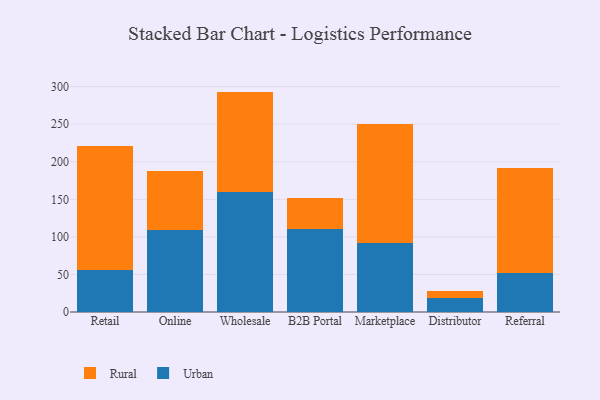
{"axis": {"x": "Channel", "y": "Customer Acquisition Cost (USD)"}, "legend": ["Rural", "Urban"], "data": [{"x": "Retail", "y": 55.8, "type": "Urban"}, {"x": "Retail", "y": 165.0, "type": "Rural"}, {"x": "Online", "y": 109.7, "type": "Urban"}, {"x": "Online", "y": 78.4, "type": "Rural"}, {"x": "Wholesale", "y": 159.2, "type": "Urban"}, {"x": "Wholesale", "y": 134.2, "type": "Rural"}, {"x": "B2B Portal", "y": 110.7, "type": "Urban"}, {"x": "B2B Portal", "y": 40.5, "type": "Rural"}, {"x": "Marketplace", "y": 91.9, "type": "Urban"}, {"x": "Marketplace", "y": 159.0, "type": "Rural"}, {"x": "Distributor", "y": 18.7, "type": "Urban"}, {"x": "Distributor", "y": 9.3, "type": "Rural"}, {"x": "Referral", "y": 52.1, "type": "Urban"}, {"x": "Referral", "y": 139.8, "type": "Rural"}]}